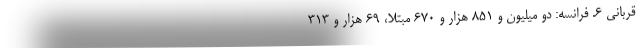
قربانی ۶. فرانسه: دو میلیون و ۸۵۱ هزار و ۶۷۰ مبتلا، ۶۹ هزار و ۳۱۳